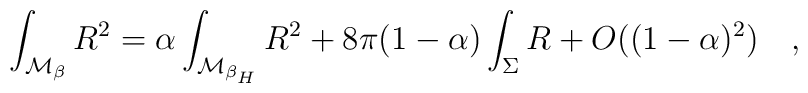
\int_{{\cal M}_{\beta}}R^2=\alpha\int_{{\cal M}_{\beta _H}} R^2+8\pi(1-\alpha)\int_{\Sigma}R+O((1-\alpha)^2)~~~,